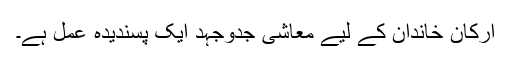
ارکان خاندان کے لیے معاشی جدوجہد ایک پسندیدہ عمل ہے۔